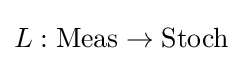
L:\mathrm {Meas} \to \mathrm {Stoch}